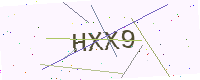
Text: HXX9